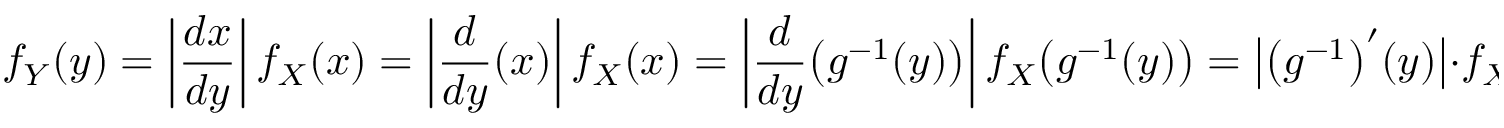
f _ { Y } ( y ) = \left| { \frac { d x } { d y } } \right| f _ { X } ( x ) = \left| { \frac { d } { d y } } ( x ) \right| f _ { X } ( x ) = \left| { \frac { d } { d y } } { \big ( } g ^ { - 1 } ( y ) { \big ) } \right| f _ { X } { \big ( } g ^ { - 1 } ( y ) { \big ) } = { { \big | } { \big ( } g ^ { - 1 } { \big ) } ^ { \prime } ( y ) { \big | } } \cdot f _ { X } { \big ( } g ^ { - 1 } ( y ) { \big ) } .